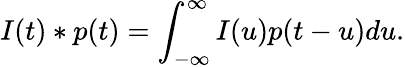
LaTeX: I(t)\ast p(t)=\int_{-\infty}^{\infty}I(u)p(t-u)du.